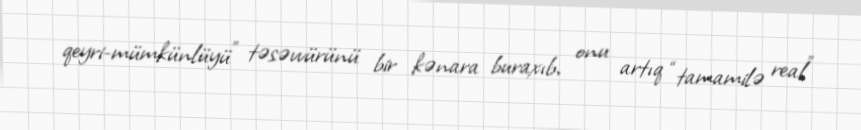
qeyri-mümkünlüyü” təsəvvürünü bir kənara buraxıb, onu artıq “tamamilə real”